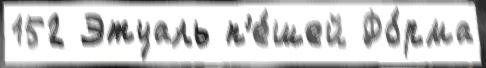
152 Этуаль п'е́шей Фо́рма